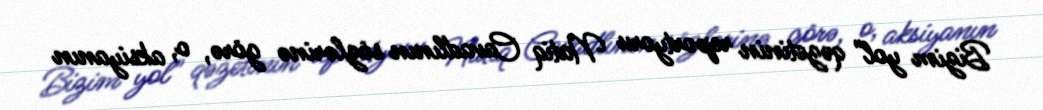
Bizim yol" qəzetinin reportyoru Natiq Cavadlının sözlərinə görə, o, aksiyanın